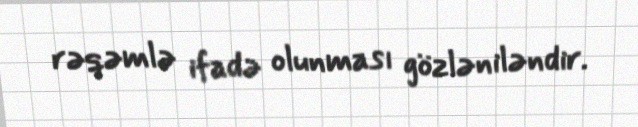
rəqəmlə ifadə olunması gözləniləndir.